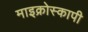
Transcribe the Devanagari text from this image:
माइक्रोस्कापी